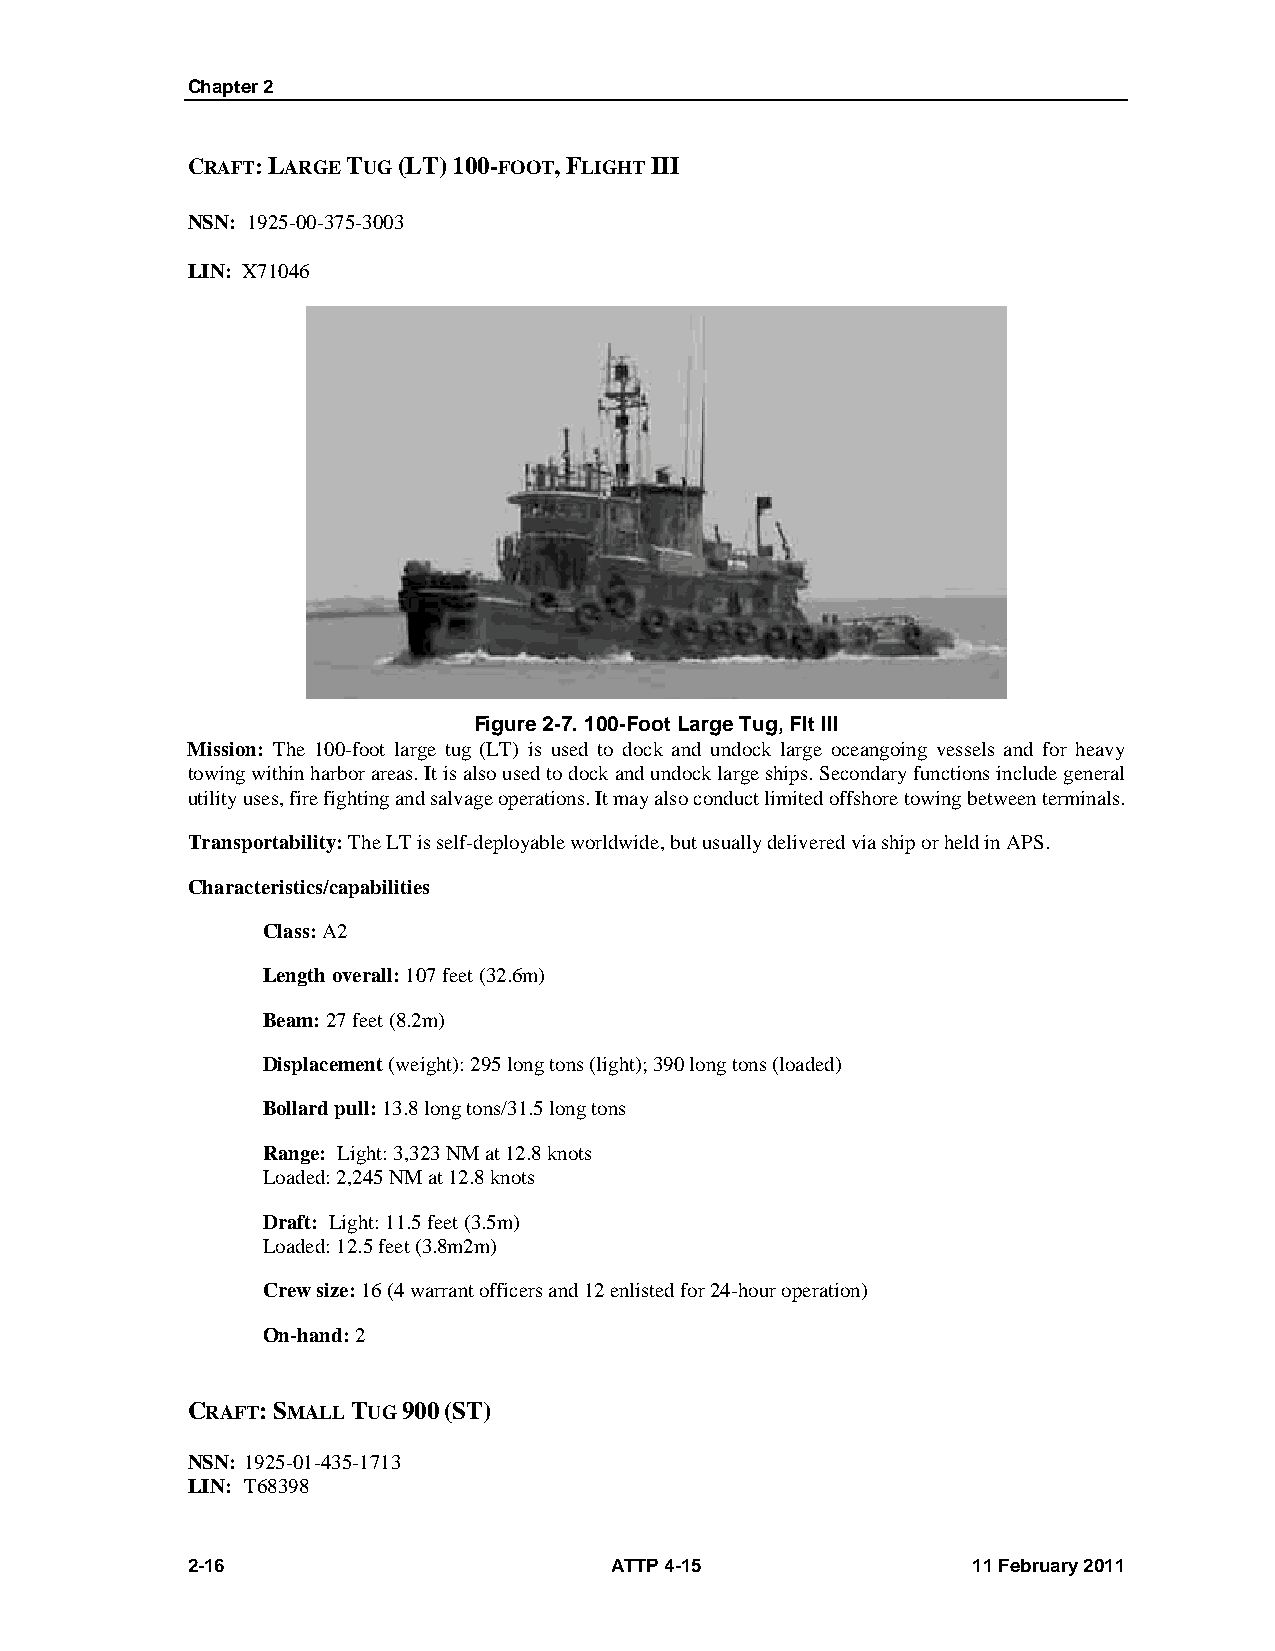
Chapter 2
 CRAFT: LARGE TUG (LT) 100-FOOT, FLIGHT III
 NSN: 1925-00-375-3003
 LIN: X71046
 Figure 2-7. 100-Foot Large Tug, Flt III
 Mission: The 100-foot large tug (LT) is used to dock and undock large oceangoing vessels and for heavy
 towing within harbor areas. It is also used to dock and undock large ships. Secondary functions include general
 utility uses, fire fighting and salvage operations. It may also conduct limited offshore towing between terminals.
 Transportability: The LT is self-deployable worldwide, but usually delivered via ship or held in APS.
 Characteristics/capabilities
 Class: A2
 Length overall: 107 feet (32.6m)
 Beam: 27 feet (8.2m)
 Displacement (weight): 295 long tons (light); 390 long tons (loaded)
 Bollard pull: 13.8 long tons/31.5 long tons
 Range: Light: 3,323 NM at 12.8 knots
 Loaded: 2,245 NM at 12.8 knots
 Draft: Light: 11.5 feet (3.5m)
 Loaded: 12.5 feet (3.8m2m)
 Crew size: 16 (4 warrant officers and 12 enlisted for 24-hour operation)
 On-hand: 2
 CRAFT: SMALL TUG 900 (ST)
 NSN: 1925-01-435-1713
 LIN: T68398
 2-16                        ATTP 4-15               11 February 2011